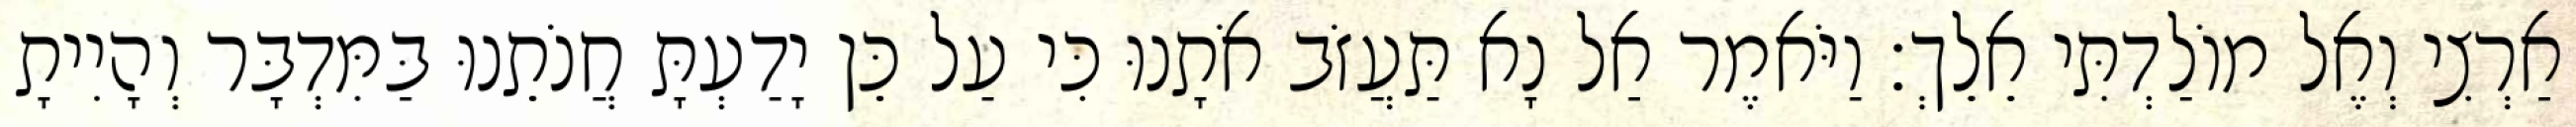
אַרְצִי וְאֶל מוֹלַדְתִּי אֵלֵךְ׃ וַיֹּאמֶר אַל נָא תַּעֲזֹב אֹתָנוּ כִּי עַל כֵּן יָדַעְתָּ חֲנֹתֵנוּ בַּמִּדְבָּר וְהָיִיתָ